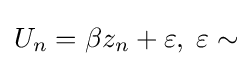
U_{n}=\beta z_{n}+\varepsilon ,\;\varepsilon \sim